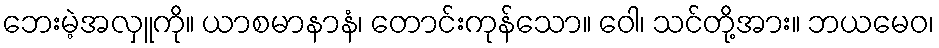
ဘေးမဲ့အလှူကို။ ယာစမာနာနံ၊ တောင်းကုန်သော။ ဝေါ၊ သင်တို့အား။ ဘယမေဝ၊